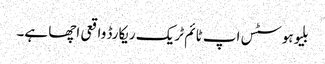
بلیوہوسٹس اپ ٹائم ٹریک ریکارڈ واقعی اچھا ہے۔